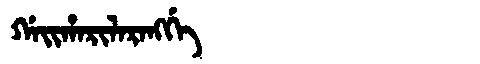
Manchu: ᡤᠠᡳᡥᠠᡵᡳᠯᠠᡵᠠᠩᡤᡝ
Romanization: GAIHARILARANGGE